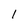
Character: I